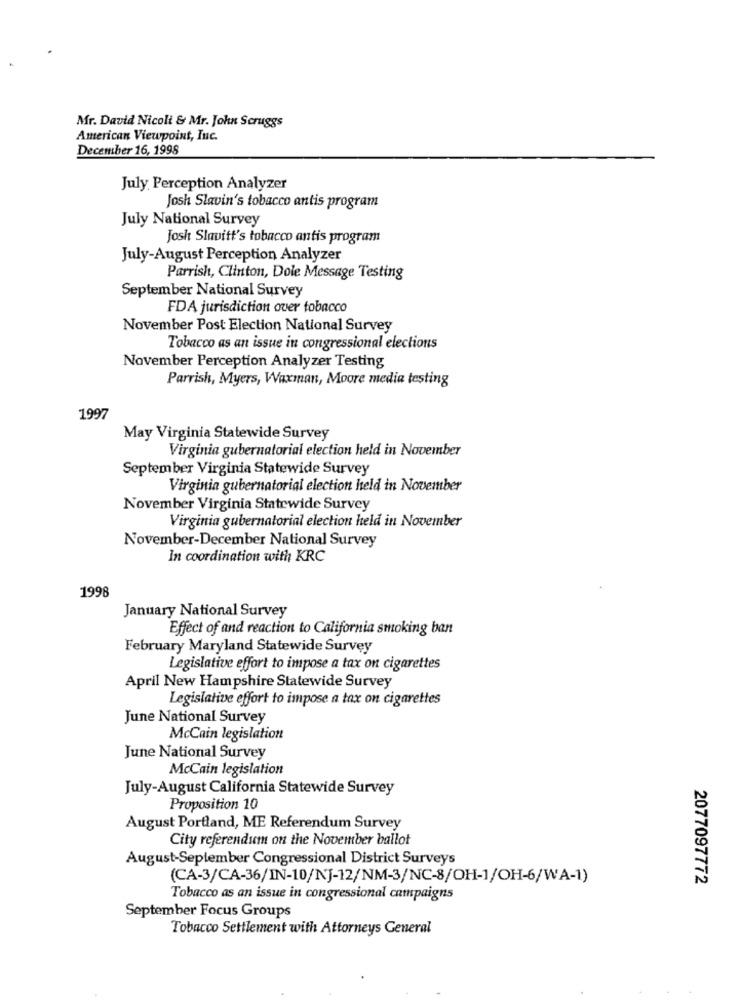
Mr. David Nicoli & Mr. John Scruggs
American Viewpoint, Inc.
December 16, 1998
July Perception Analyzer
Josh Slavin's tobacco antis program
July National Survey
Josh Slavitt's tobacco antis program
July-August Perception Analyzer
Parrish, Clinton, Dole Message Testing
September National Survey
FDA jurisdiction over tobacco
November Post Election National Survey
Tobacco as an issue in congressional elections
November Perception Analyzer Testing
Parrish, Myers, Waxman, Moore media testing
1997
May Virginia Statewide Survey
Virginia gubernatorial election held in November
September Virginia Statewide Survey
Virginia gubernatorial election held in November
November Virginia Statewide Survey
Virginia gubernatorial election held in November
November-December National Survey
In coordination with KRC
1998
January National Survey
Effect of and reaction to California smoking ban
February Maryland Statewide Survey
Legislative effort to impose a tax on cigarettes
April New Hampshire Statewide Survey
Legislative effort to impose a tax on cigarettes
June National Survey
McCain legislation
June National Survey
McCain legislation
July-August California Statewide Survey
Proposition 10
August Portland, ME Referendum Survey
City referendum on the November ballot
August-September Congressional District Surveys
(CA-3/CA-36/IN-10/N]-12/NM-3/NC-8/OH-1/OH-6/WA-1)
2077097772
Tobacco as an issue in congressional campaigns
September Focus Groups
Tobacco Settlement with Attorneys General